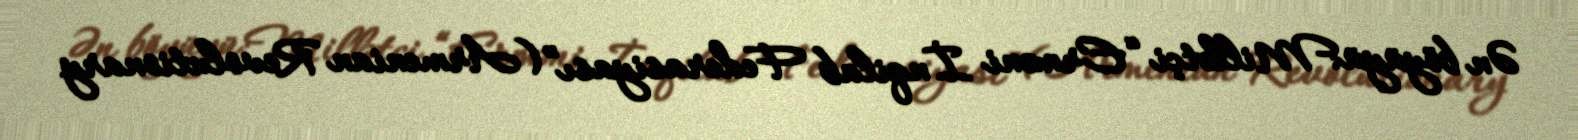
Ən böyüyü:Millətçi “Erməni İnqilab Federasiyası” (Armenian Revolutionary